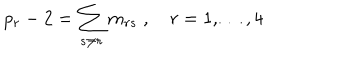
LaTeX: p _ { r } - 2 = \sum _ { s \neq r } m _ { r s } \; , \quad r = 1 , \ldots , 4